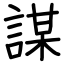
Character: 謀